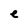
Character: e